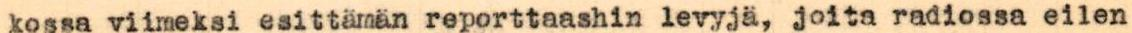
kossa viimeksi esittämän reporttaashin levyjä, joita radiossa eilen